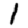
Digit: 1